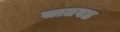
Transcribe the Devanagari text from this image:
सातवड